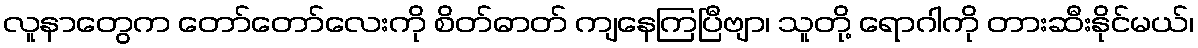
လူနာတွေက တော်တော်လေးကို စိတ်ဓာတ် ကျနေကြပြီဗျာ၊ သူတို့ ရောဂါကို တားဆီးနိုင်မယ်၊